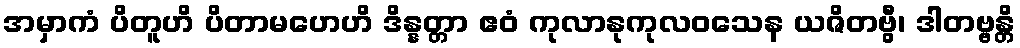
အမှာကံ ပိတူဟိ ပိတာမဟေဟိ ဒိန္နတ္တာ ဧဝံ ကုလာနုကုလဝသေန ယဇိတဗွီ၊ ဒါတဗ္ဗန္တိ